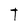
Character: T